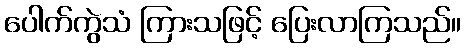
ပေါက်ကွဲသံ ကြားသဖြင့် ပြေးလာကြသည်။